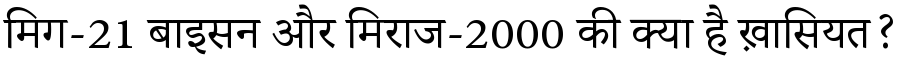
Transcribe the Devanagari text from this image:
मिग-21 बाइसन और मिराज-2000 की क्या है ख़ासियत?